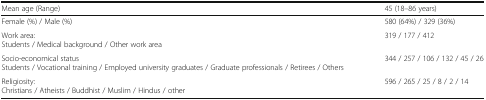
<table><thead><tr><td><b>Mean age (Range)</b></td><td><b>45 (18–86 years)</b></td></tr></thead><tbody><tr><td>Female (%) / Male (%)</td><td>580 (64%) / 329 (36%)</td></tr><tr><td>Work area:Students / Medical background / Other work area</td><td>319 / 177 / 412</td></tr><tr><td>Socio-economical statusStudents / Vocational training / Employed university graduates / Graduate professionals / Retirees / Others</td><td>344 / 257 / 106 / 132 / 45 / 26</td></tr><tr><td>Religiosity:Christians / Atheists / Buddhist / Muslim / Hindus / other</td><td>596 / 265 / 25 / 8 / 2 / 14</td></tr></tbody></table>